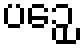
ပဉှေ